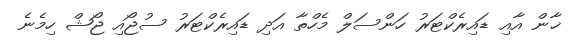
ޚާން އާއި ޑައިރެކްޓަރު ހަންސަލް މެހްތާ އަދި ޑައިރެކްޓަރު ސުޖޯއި ޖޯޝް ހިމެނެ